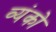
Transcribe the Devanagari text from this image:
व्यंको